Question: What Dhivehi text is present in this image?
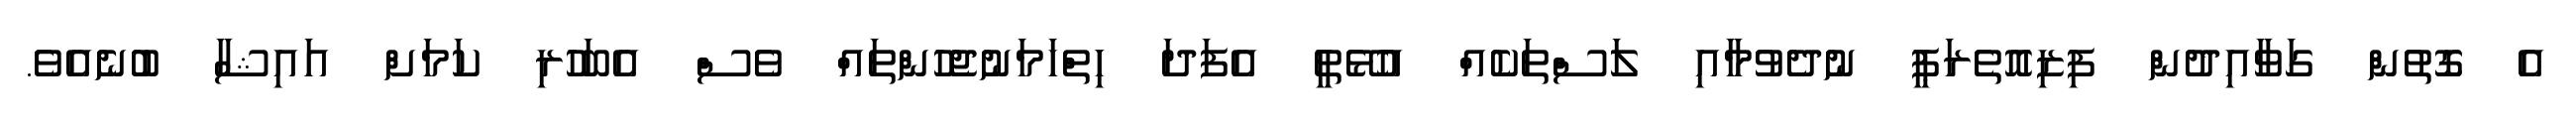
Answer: އެ ގޮތުން ގަވާއިދުން ފިޒިއޮތެރަޕީ ނުދެވުމާއި ލަސްތަކެއް އުޅޭތީ އެފަދަ ހިތްހަމަނުޖެހުންތައް ވެސް އެބަހުރި ކަމަށް އައިޝާ ބުނެއެވެ.